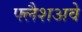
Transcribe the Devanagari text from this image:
फ्लैशअवे